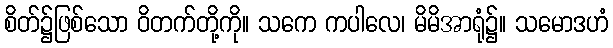
စိတ်၌ဖြစ်သော ဝိတက်တို့ကို။ သကေ ကပါလေ၊ မိမိအာရုံ၌။ သမောဒဟံ